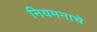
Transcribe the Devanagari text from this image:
नियमनाचे